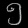
Digit: ၅